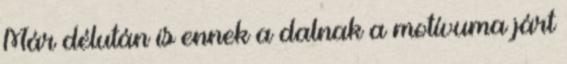
Már délután is ennek a dalnak a motívuma járt